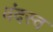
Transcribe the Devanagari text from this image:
वंदस्व